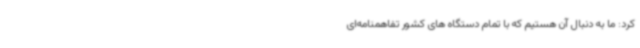
کرد: ما به دنبال آن هستیم که با تمام دستگاه های کشور تفاهمنامه‌ای